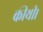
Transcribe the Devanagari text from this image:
कीथी।